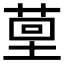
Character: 𮏤